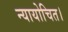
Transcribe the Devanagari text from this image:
न्यायोचित।